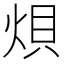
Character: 𪸭